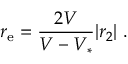
r _ { \mathrm { e } } = { \frac { 2 V } { { V } - V _ { * } } } | r _ { 2 } | \ .